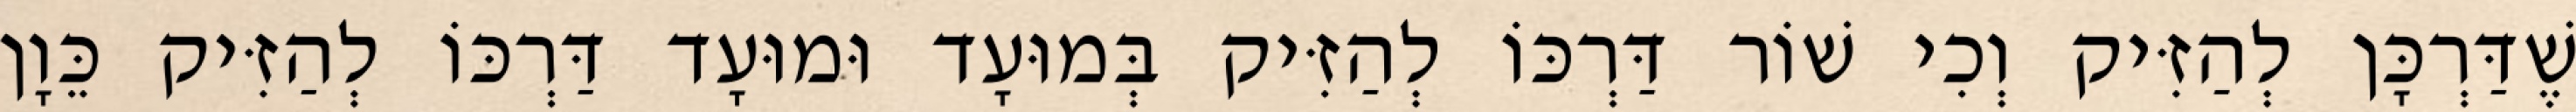
שֶׁדַּרְכָּן לְהַזִּיק וְכִי שׁוֹר דַּרְכּוֹ לְהַזִּיק בְּמוּעָד וּמוּעָד דַּרְכּוֹ לְהַזִּיק כֵּוָן